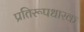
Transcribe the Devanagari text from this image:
प्रतिरूपधारक